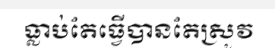
ធ្លាប់តែធ្វើបានតែស្រូវ